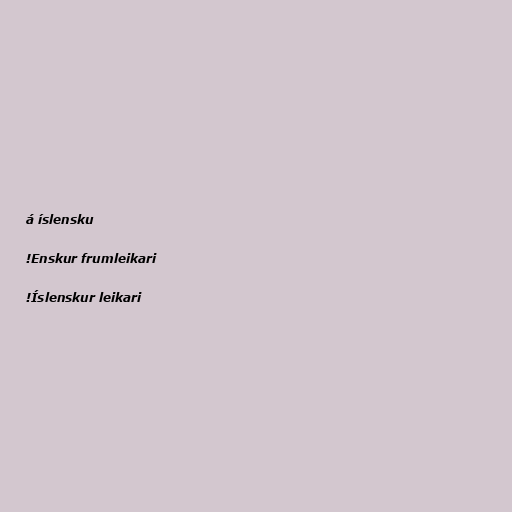
á íslensku

!Enskur frumleikari

!Íslenskur leikari